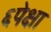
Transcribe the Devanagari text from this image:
६पेक्षा